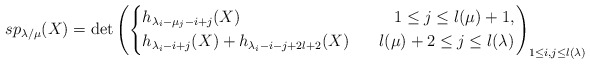
\begin{align*}sp_{\lambda/\mu}(X)=\det\left(\left\{\begin{aligned}&h_{\lambda_i-\mu_j-i+j}(X)~~&~~1\leq j\leq l(\mu)+1,\\&h_{\lambda_i-i+j}(X)+h_{\lambda_i-i-j+2l+2}(X)~&~~l(\mu)+2\leq j\leq l(\lambda)\end{aligned}\right.\right)_{1\leq i,j\leq l(\lambda)}\end{align*}